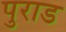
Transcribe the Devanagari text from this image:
पुराड